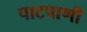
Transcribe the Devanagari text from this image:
पाटपाणी